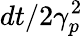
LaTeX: dt/2\gamma_{p}^{2}